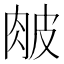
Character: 𦚆